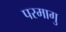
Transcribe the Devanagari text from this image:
परमागु